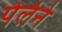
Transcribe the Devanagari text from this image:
पेलेने